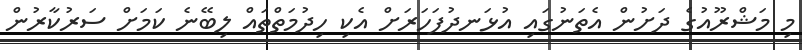
މި މަޝްރޫއުގެ ދަށުން އެތަނުގައި އުޅަނދުފަހަރަށް އެކި ހިދުމަތްތައް ލިބޭނެ ކަމަށް ސަރުކާރުން